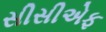
સીસીએફ